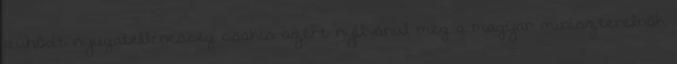
dühödt nyugatellenesség csakis azért nyilvánul meg a magyar miniszterelnök